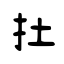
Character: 扗